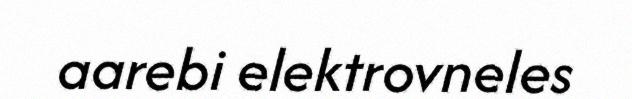
aarebi elektrovneles